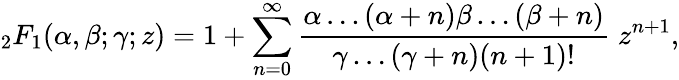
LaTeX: {}_{2}F_{1}(\alpha,\beta;\gamma;z)=1+\sum_{n=0}^{\infty}\frac{\alpha\dots(\alpha+n)\beta\dots(\beta+n)}{\gamma\dots(\gamma+n)(n+1)!}\; z^{n+1},